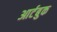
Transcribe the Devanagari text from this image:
आर्टबुक